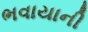
ભવાયાની